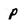
Character: p